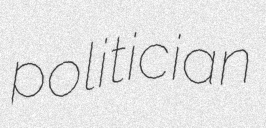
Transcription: politician